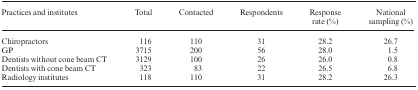
| Practices and institutes | Total | Contacted | Respondents | Response rate (%) | National sampling (%) |
 | --- | --- | --- | --- | --- | --- |
 | Chiropractors | 116 | 110 | 31 | 28.2 | 26.7 |
 | GP | 3715 | 200 | 56 | 28.0 | 1.5 |
 | Dentists without cone beam CT | 3129 | 100 | 26 | 26.0 | 0.8 |
 | Dentists with cone beam CT | 323 | 83 | 22 | 26.5 | 6.8 |
 | Radiology institutes | 118 | 110 | 31 | 28.2 | 26.3 |